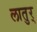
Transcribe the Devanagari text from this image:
लातुर्